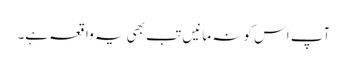
آپ اس کو نہ مانیں تب بھی یہ واقعہ ہے۔